Annual report on the lock hospitals of the Madras Presidency
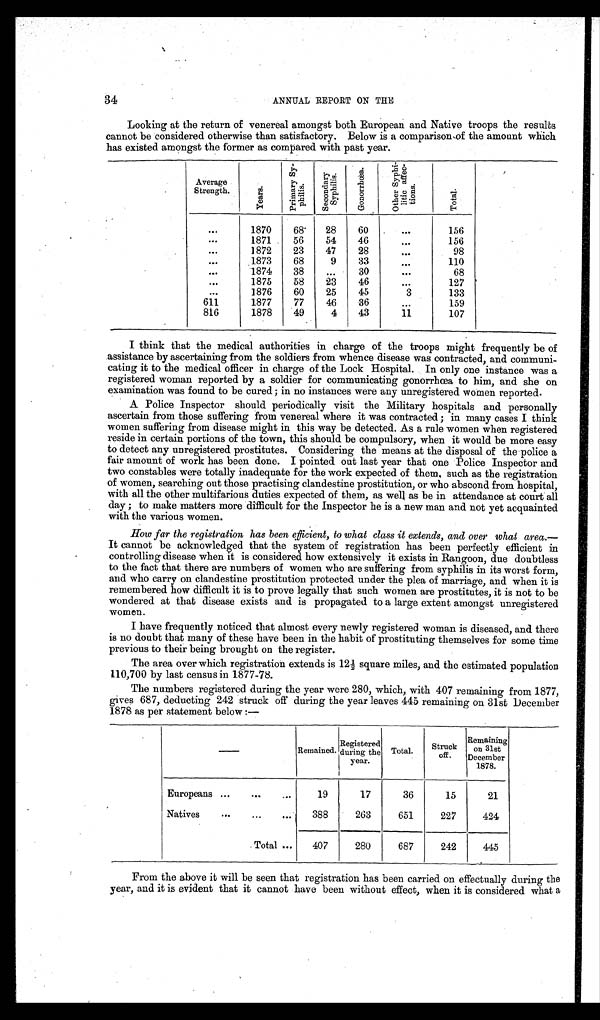
34
ANNUAL REPORT ON THE
Looking at the return of venereal amongst both European and Native troops the results
cannot be considered otherwise than satisfactory. Below is a comparison of the amount which
has existed amongst the former as compared with past year.
Average
Strength.
Y e a r .
P r i m a r y S y - p h i l i s .
S e c o n d a r y S y p h i l i s .
G o n o r r h œ a .
O t h e r s S y p h i l i e a f f e c - t i o n s .
T o t a l .
. . .
1870
68.
28
60
. . .
156
. . .
1871
56
54
46
. . .
156
. . .
1872
23
47
28
. . .
98
. . .
1873
68
9
3 3
. . .
110
. . .
1874
38
...
30
. . .
68
. . .
1875
58
23
46
. . .
127
. . .
1876
60
25
45
3
133
611
1877
77
46
36
. . .
159
816
1878
49
4
43
11
107
I think that the medical authorities in charge of the troops might frequently be of
assistance by ascertaining from the soldiers from whence disease was contracted, and communi-
cating it to the medical officer in charge of the Lock Hospital. In only one instance was a
registered woman reported by a soldier for communicating gonorrhœa to him, and she on
examination was found to be cured ; in no instances were any unregistered women reported.
A Police Inspector should periodically visit the Military hospitals and personally
ascertain from those suffering from venereal where it was contracted ; in many cases I think
women suffering from disease might in this way be detected. As a rule women when registered
reside in certain portions of the town, this should be compulsory, when it would be more easy
to detect any unregistered prostitutes. Considering the means at the disposal of the police a
fair amount of work has been done. I pointed out last year that one Police Inspector and
two constables were totally inadequate for the work expected of them, such as the registration
of women, searching out those practising clandestine prostitution, or who abscond from hospital,
with all the other multifarious duties expected of them, as well as be in attendance at court all
day ; to make matters more difficult for the Inspector he is a new man and not yet acquainted
with the various women.
How far the registration has been efficient, to what class it extends, and over what area.—
It cannot be acknowledged that the system of registration has been perfectly efficient in
controlling disease when it is considered how extensively it exists in Rangoon, due doubtless
to the fact that there are numbers of women who are suffering from syphilis in its worst form,
and who carry on clandestine prostitution protected under the plea of marriage, and when it is
remembered how difficult it is to prove legally that such women are prostitutes, it is not to be
wondered at that disease exists and is propagated to a large extent amongst unregistered
women.
I have frequently noticed that almost every newly registered woman is diseased, and there
is no doubt that many of these have been in the habit of prostituting themselves for some time
previous to their being brought on the register.
The area over which registration extends is 12½ square miles, and the estimated population
110,700 by last census in 1877-78.
The numbers registered during the year were 280, which, with 407 remaining from 1877,
gives 687, deducting 242 struck off during the year leaves 445 remaining on 31st December
1878 as per statement below :—
—
Remained.
Registere
d during the
year.
Total.
Struck
Off.
Remaining
on 31st
December
1878.
Europeans ...
...
...
19
17
36
15
21
Natives
...
...
...
388
263
651
227
424
Total ...
407
280
687
242
445
From the above it will be seen that registration has been carried on effectually during the
year, and it is evident that it cannot have been without effect, when it is considered what a